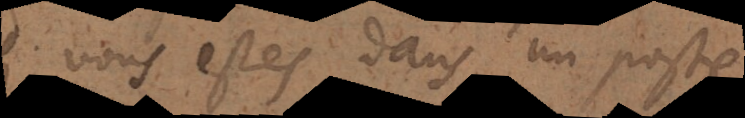
si vous estes dans un poste